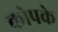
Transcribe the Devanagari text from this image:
कोपके